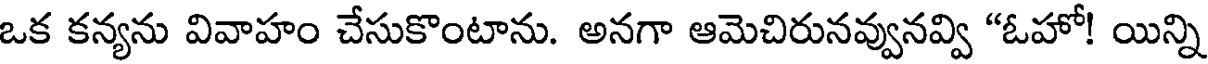
ఒక కన్యను వివాహం చేసుకొంటాను. అనగా ఆమెచిరునవ్వునవ్వి "ఓహో! యిన్ని